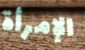
الإمرأة